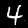
Digit: 4